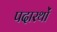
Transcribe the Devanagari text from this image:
पदारथों